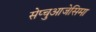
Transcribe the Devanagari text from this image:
सेप्चुआजेसिमा